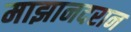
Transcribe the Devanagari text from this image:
माझानदरान